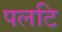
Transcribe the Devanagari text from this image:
पलटि